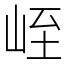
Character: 峌